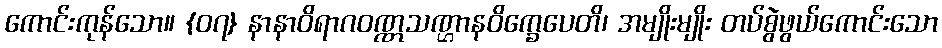
ကောင်းကုန်သော။ {၀၇} နာနာဝိရာဂဝဏ္ဏသဏ္ဌာနဝိက္ခေပေတိ၊ အမျိုးမျိုး တပ်စွဲဖွယ်ကောင်းသော